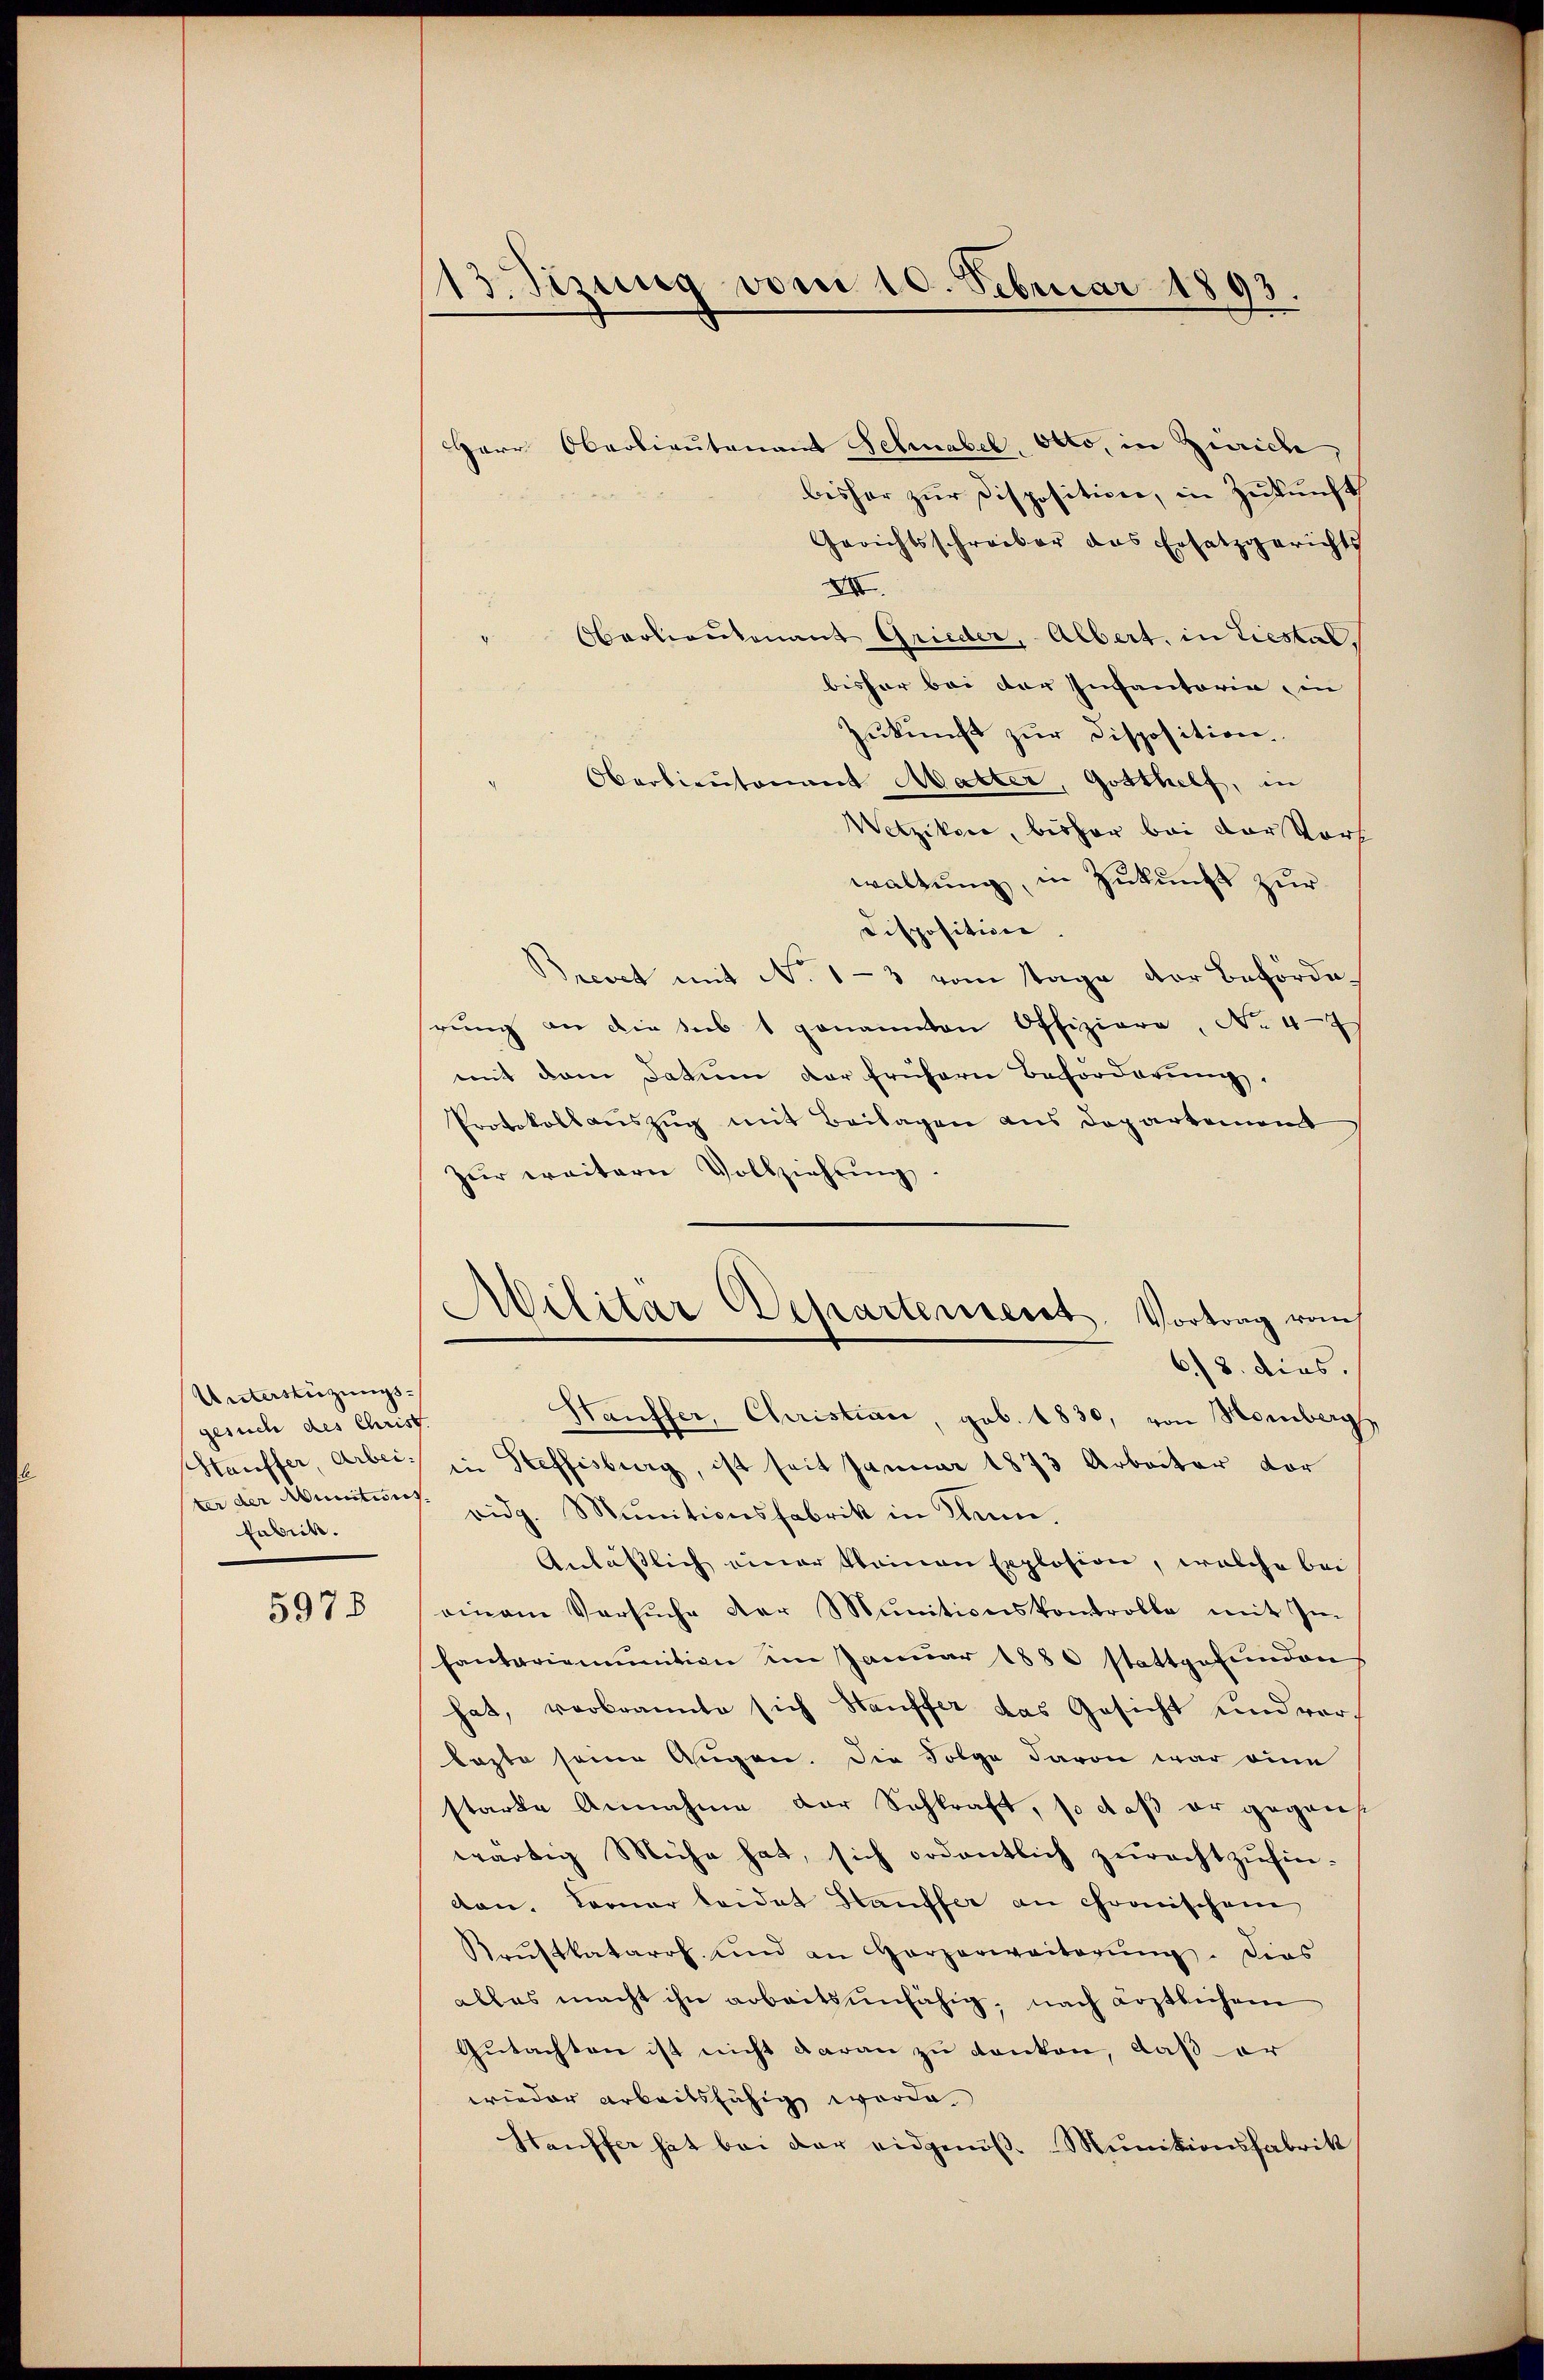
Unterstüzungsgesuch des Christ.
Fabrik.

5978

13. Sizung vom 10. Februar 1893.

Herr Oberlieutenant Schnabel, Otto, in Zürich,
bisher zur Disposition, in Zukunft
Gerichtsschreiber das Ersatzgerichts
XII
Oberlieutenant Grieder, Albert, in Liestal
bisher bei der Inantaria in
zukunft zur Disposition.
Oberlieutenant Matter, Gotthelf, in
Wetzikon, bisher bei der Vors
waltung, in Zukunft zur
Disposition.
Brevet mit No 1-3 vom Tage der Befördehrung an die sub 1 genannten Offiziere, No 47
mit dem Datum der frühern Beförderung.
Protokollauszug mit Beilagen aus Departement
zŭr weitern Vollziehŭng.
Militar Departement. Vortrag von
6/8. dies.
Hauffer, Christiani, geb. 1830, von Homberg
Stauffer, Arbei; in Steffisburg, ist seit Januar 1873 Arbeiter vor
ter der Munitur eidg. Munitionsfabrik in Mann.
Anlässlich einer keinen Explosion, welche bei
einem Versŭche der Munitionskontrolle mit Im
hantariemŭnition im Janŭar 1880 stattgefŭnden
hat, vorbrannte sich Hauffer das Gesicht und vor-
lezte seine Augen. Die Folge davon war eine
starke Annahme der Schkraft, so daß er gegens
wärtig Mühe hat, sich ordentlich zurechtzufindon. Leonar leidet Hauffer an chronischem
Krŭftkatarrh. und an Harzerweiterŭng. Dies
alles macht ihn arbeitsunfähig, nach Loptlichem
Gutachten ist nicht daran zu denken, daß er
wieder arbeitsfähig worde
Heuffer hat bei der eidgenöβ. Munitionsfabrik